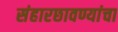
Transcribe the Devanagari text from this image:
संहारछावण्यांचा